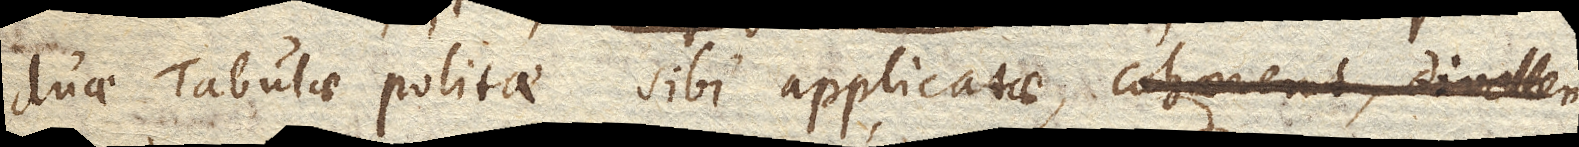
duae Tabulae politae sibi applicatae, cohaerent, divellen